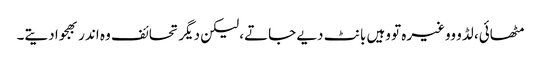
مٹھائی، لڈو ووغیرہ تو وہیں بانٹ دیے جاتے، لیکن دیگر تحائف وہ اندر بھجوا دیتے۔